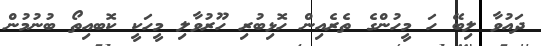
ދައުވާ ލިބޭ ހަ މީހުންގެ ތެރެއިން ހޮޅިބުރި ހޫރުވާލި މީހަކީ ކޮބއިތޯ ބުނުމުން